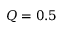
Q = 0 . 5